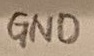
Text: GND